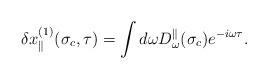
LaTeX: \begin{align*}\delta x^{(1)}_\parallel(\sigma_c,\tau)=\int d\omega D^\parallel_\omega(\sigma_c)e^{-i\omega\tau}.\end{align*}